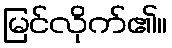
မြင်လိုက်၏။